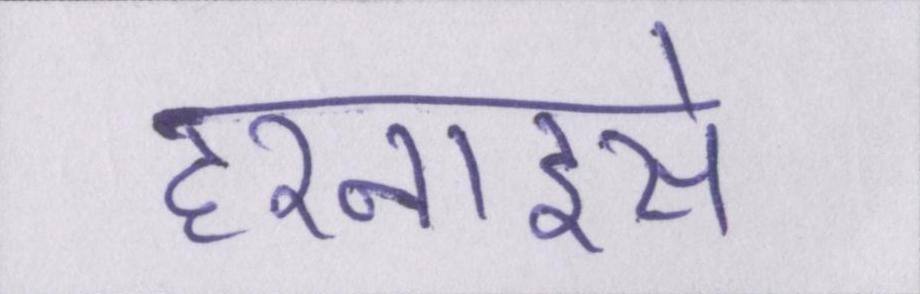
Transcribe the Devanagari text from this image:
हरनाइसे